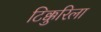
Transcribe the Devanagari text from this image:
टिक्कुरिला